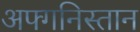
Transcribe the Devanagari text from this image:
अफ्गनिस्तान